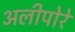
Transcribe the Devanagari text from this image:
अलीपोरे